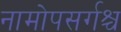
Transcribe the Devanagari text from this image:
नामोपसर्गश्च